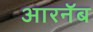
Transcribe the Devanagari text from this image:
आरनॅब